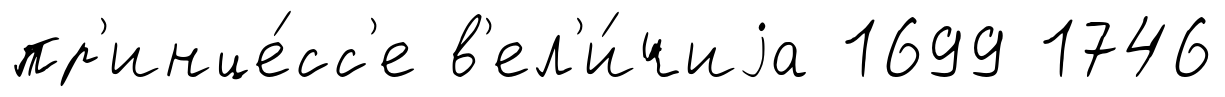
пр'инце́сс'е в'ел'и́чиjа 1699 1746